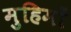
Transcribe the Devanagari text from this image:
मुहिमों